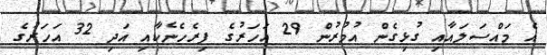
އެ މައްސަލައާއި ގުޅިގެން އުމުރުން 29 އަހަރުގެ ފިރެހެނެކާއި އަދި 32 އަހަރުގެ